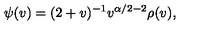
\psi ( v ) = ( 2 + v ) ^ { - 1 } v ^ { \alpha / 2 - 2 } \rho ( v ) ,